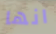
انها